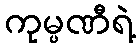
ကုမ္ပဏီရဲ့